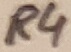
Text: R4